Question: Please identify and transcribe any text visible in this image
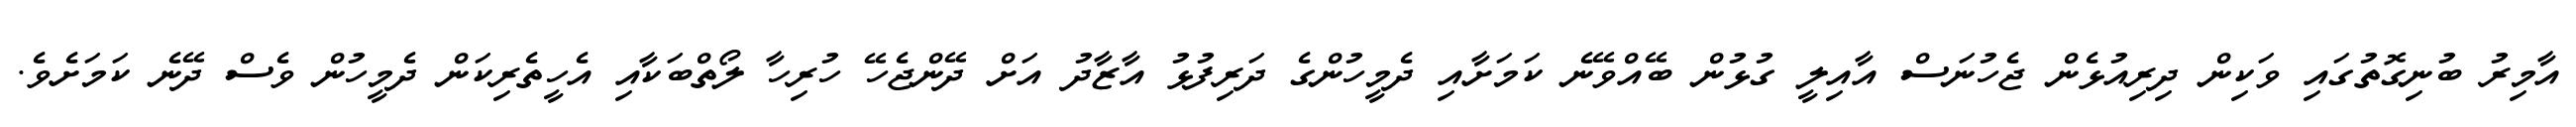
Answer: އާމިރު ބުނިގޮތުގައި ވަކިން ދިރިއުޅެން ޖެހުނަސް އާއިލީ ގުޅުން ބޭއްވޭނެ ކަމަށާއި ދެމީހުންގެ ދަރިފުޅު އާޒާދު އަށް ދޭންޖެހޭ ހުރިހާ ލޯތްބަކާއި އެހީތެރިކަން ދެމީހުން ވެސް ދޭނެ ކަމަށެވެ.